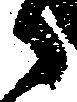
々